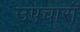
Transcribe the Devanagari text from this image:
उपचारॉ